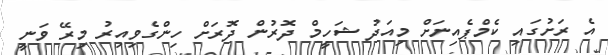
އެ ރަށުގައި ކެމްޕެއިނަށް މިއަދު ޝަހީމް ދޮރުން ދޮރަށް ހިންގެވިއިރު މިރޭ ވަނީ